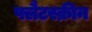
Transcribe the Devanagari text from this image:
फ्लैटस्क्रीन